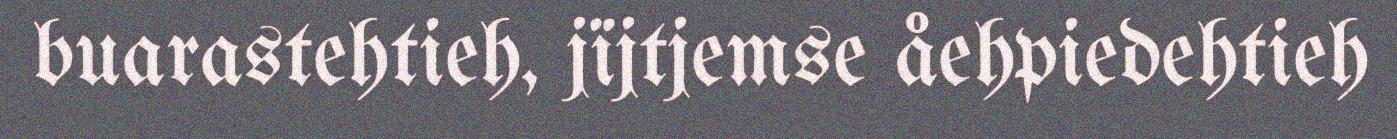
buarastehtieh, jïjtjemse åehpiedehtieh